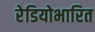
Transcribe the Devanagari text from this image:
रेडियोभारित